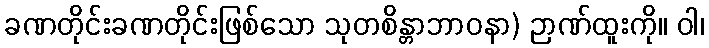
ခဏတိုင်းခဏတိုင်းဖြစ်သော သုတစိန္တာဘာဝနာ) ဉာဏ်ထူးကို။ ဝါ၊